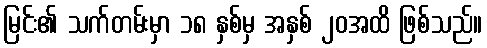
မြင်း၏ သက်တမ်းမှာ ၁၈ နှစ်မှ အနှစ် ၂၀အထိ ဖြစ်သည်။